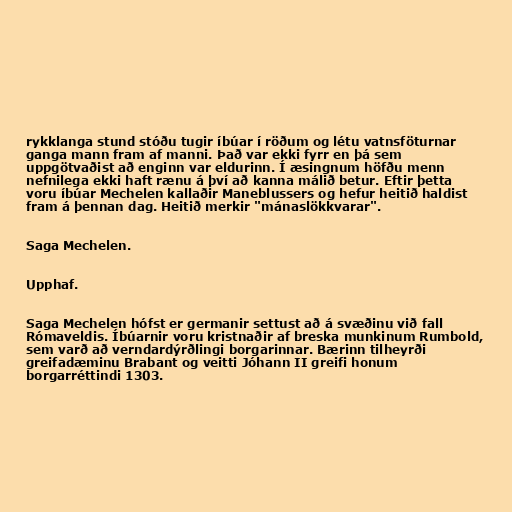
rykklanga stund stóðu tugir íbúar í röðum og létu vatnsföturnar
ganga mann fram af manni. Það var ekki fyrr en þá sem
uppgötvaðist að enginn var eldurinn. Í æsingnum höfðu menn
nefnilega ekki haft rænu á því að kanna málið betur. Eftir þetta
voru íbúar Mechelen kallaðir Maneblussers og hefur heitið haldist
fram á þennan dag. Heitið merkir "mánaslökkvarar".

Saga Mechelen.

Upphaf.

Saga Mechelen hófst er germanir settust að á svæðinu við fall
Rómaveldis. Íbúarnir voru kristnaðir af breska munkinum Rumbold,
sem varð að verndardýrðlingi borgarinnar. Bærinn tilheyrði
greifadæminu Brabant og veitti Jóhann II greifi honum
borgarréttindi 1303.